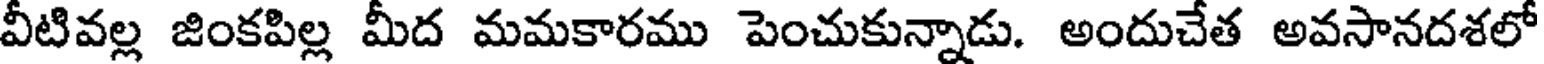
వీటివల్ల జింకపిల్ల మీద మమకారము పెంచుకున్నాడు. అందుచేత అవసానదశలో